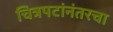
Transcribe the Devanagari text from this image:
चित्रपटांनंतरचा